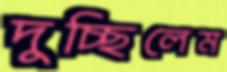
দুচ্ছিলেম